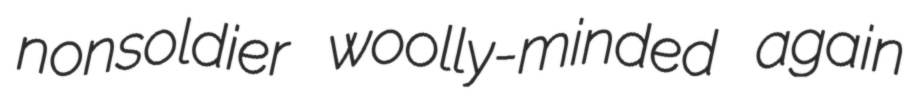
nonsoldier woolly-minded again